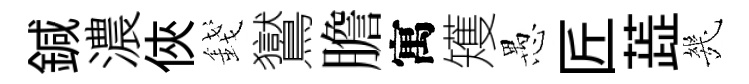
鍼濃俠錢鸑膽寓矱愚匠蕋㡬